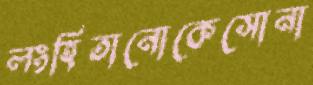
লংহিতানোকেসোনা